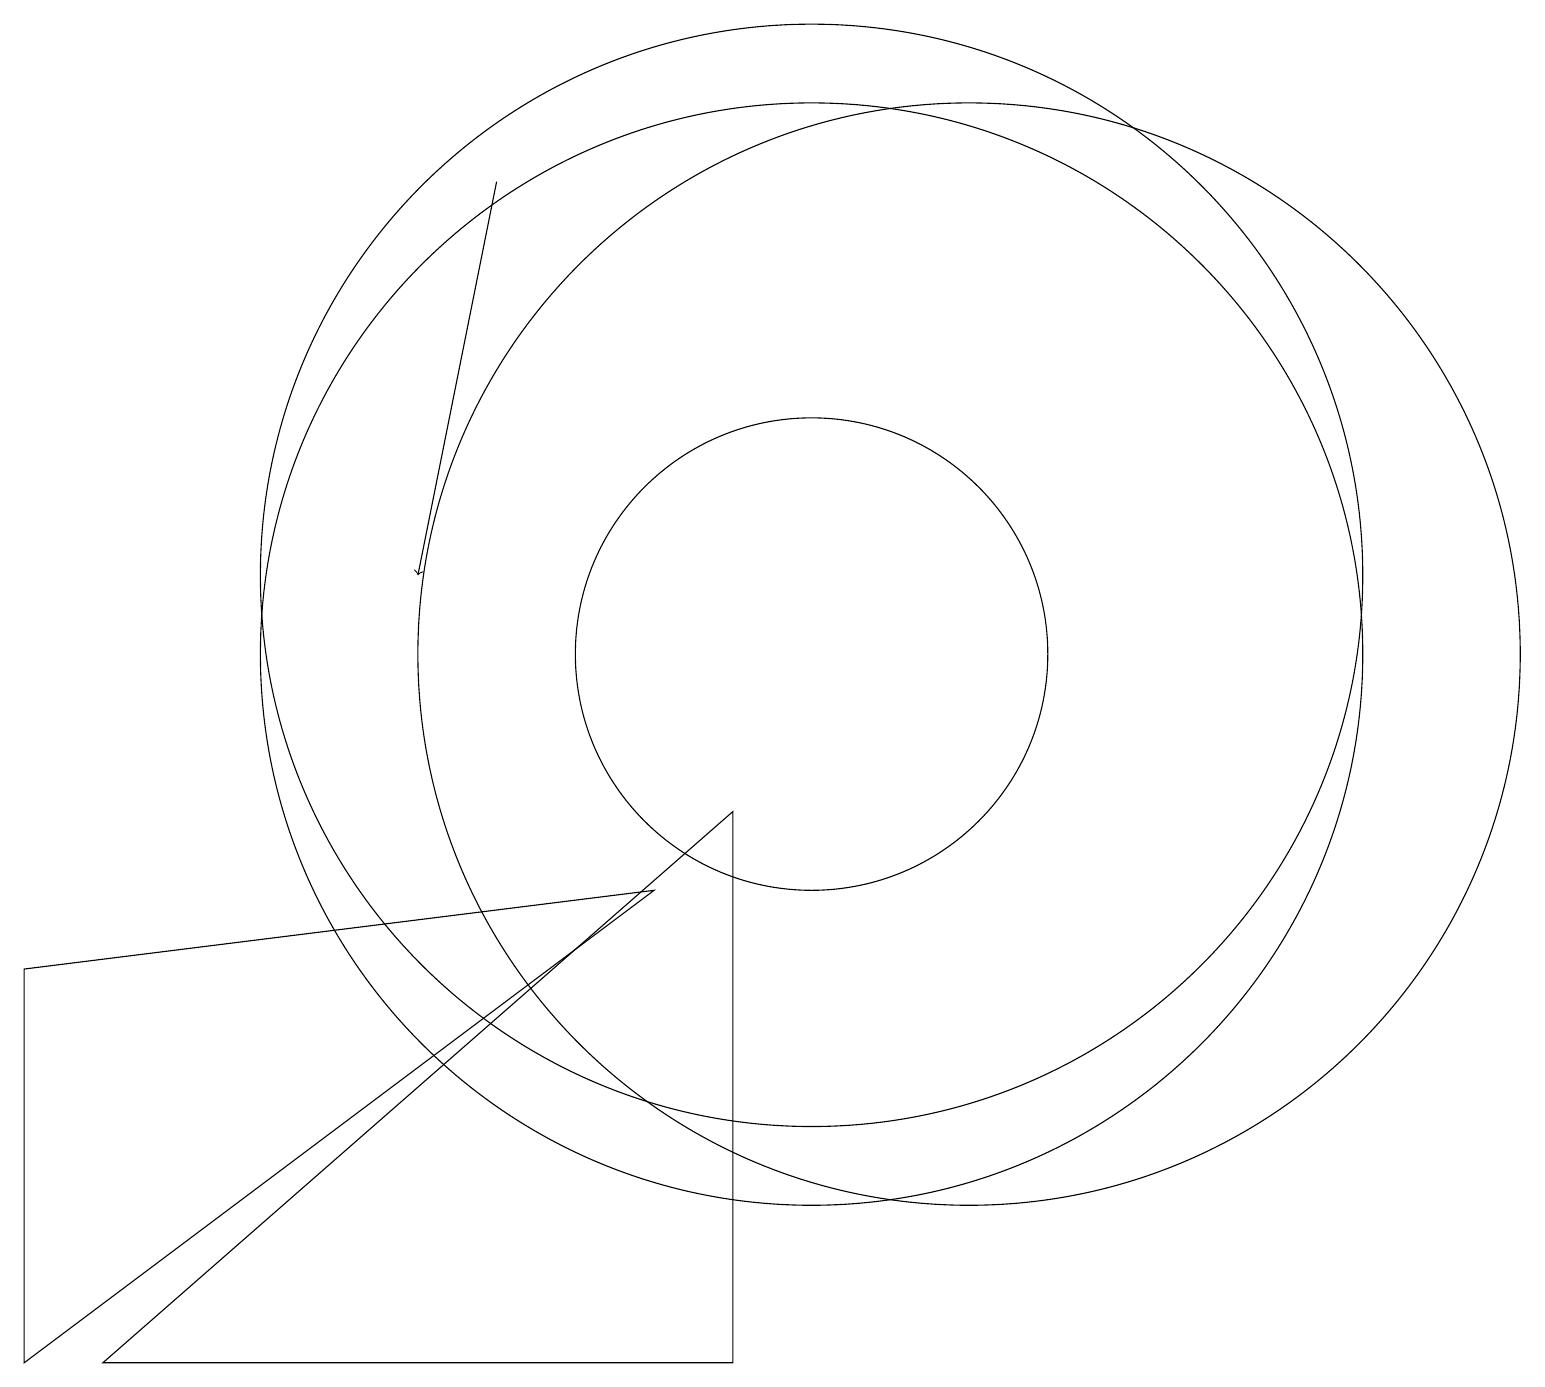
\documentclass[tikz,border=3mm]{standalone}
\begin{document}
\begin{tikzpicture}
\draw (10,11) circle (7);
\draw (10,10) circle (3);
\draw[->] (6,16) -- (5,11);
\draw (8,7) -- (0,1) -- (0,6) -- cycle;
\draw (12,10) circle (7);
\draw (10,10) circle (7);
\draw (9,8) -- (9,1) -- (1,1) -- cycle;
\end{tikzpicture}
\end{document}